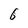
Character: 6